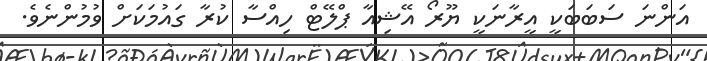
އަންނަ ސަބަބަކީ އީރާނަކީ ޔޫރޯ އޭޝިއާ ޕްލޭޓް ހިއްސާ ކުރާ ގައުމަކަށް ވުމުންނެވެ.